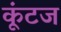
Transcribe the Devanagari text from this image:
कूंटज